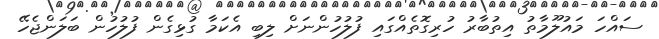
ސައްހަ މައުލޫމާތު އިތުބާރު ހުރިގޮތެއްގައި ފުލުހުންނަށް ލިބި އެކަމާ ގުޅިގެން ފުލުހުން ބަލަންޖެހޭ